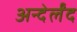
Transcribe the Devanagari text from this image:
अन्देर्लंद